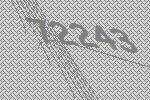
72243